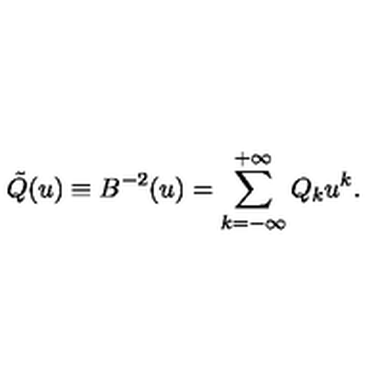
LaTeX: \tilde { Q } ( u ) \equiv B ^ { - 2 } ( u ) = \sum _ { k = - \infty } ^ { + \infty } Q _ { k } u ^ { k } .